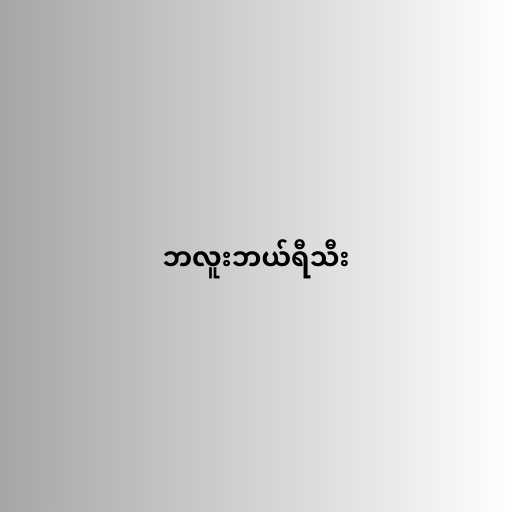
ဘလူးဘယ်ရီသီး